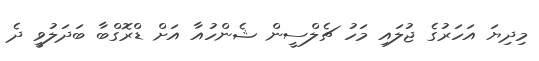
މިދިޔަ އަހަރުގެ ޖުލައި މަހު ޗެލްސީން ޝެންހުއާ އަށް ޑްރޮގްބާ ބަދަލުވީ ދެ